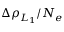
\Delta \rho _ { L _ { 1 } } / N _ { e }